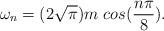
LaTeX: \begin{align*}\omega_n=(2\sqrt{\pi})m\ cos(\frac{n\pi}{8}).\end{align*}